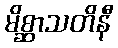
မိစ္ဆာသတိနီ